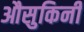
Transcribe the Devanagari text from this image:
औसुकिनी